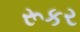
રૂકર